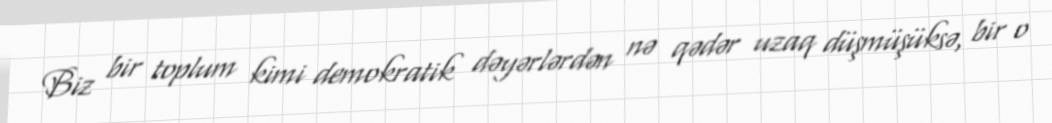
Biz bir toplum kimi demokratik dəyərlərdən nə qədər uzaq düşmüşüksə, bir o